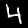
Label: 4